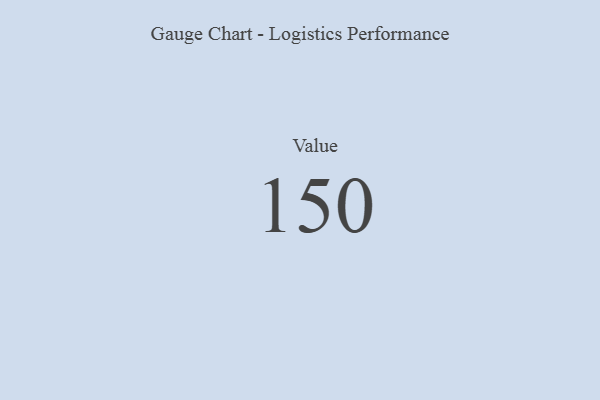
{"axis": {"x": "Metric", "y": "Value"}, "legend": [""], "data": [{"x": "Value", "y": 150, "type": ""}]}